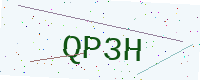
Text: QP3H